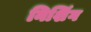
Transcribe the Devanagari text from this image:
निशिंग